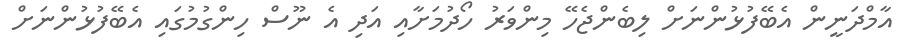
އާމްދަނީން އެބޭފުޅުންނަށް ލިބެންޖެހޭ މިންވަރު ހޯދުމަށާއި އަދި އެ ނޫސް ހިންގުމުގައި އެބޭފުޅުންނަށް